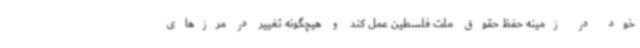
خود در زمینه حفظ حقوق ملت فلسطین عمل کند و هیچگونه تغییر در مرزهای